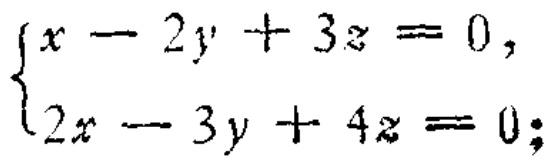
$\begin{cases}
x - 2y + 3z = 0, \\
2x - 3y + 4z = 0;
\end{cases}$